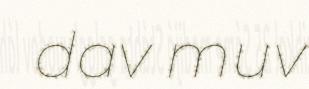
dav muv